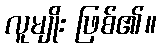
လူမျိုး ဖြစ်၏။